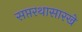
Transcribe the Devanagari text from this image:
सप्तरथासारखे